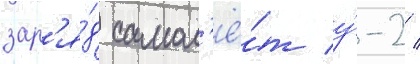
зар'я́д самол'ё́т у́-2 /